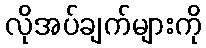
လိုအပ်ချက်များကို